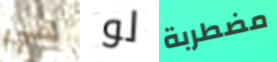
هي لو مضطربة